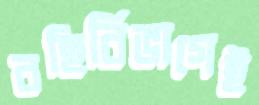
বহির্বিভাগেই